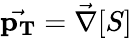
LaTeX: {\vec{\mathbf{p_{T}}}}={\vec{\mathbf{\nabla}}}[S]